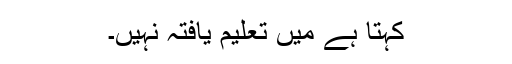
کہتا ہے میں تعلیم یافتہ نہیں۔